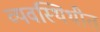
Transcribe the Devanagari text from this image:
व्यवस्थिथीत